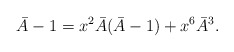
\begin{align*}\bar{A} -1 = x^2\bar{A}(\bar{A}-1) + x^6 \bar{A}^3.\end{align*}